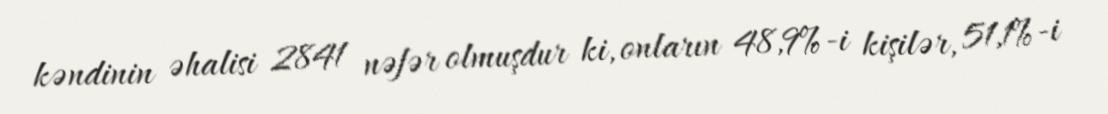
kəndinin əhalisi 2841 nəfər olmuşdur ki, onların 48,9%-i kişilər, 51,1%-i